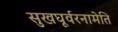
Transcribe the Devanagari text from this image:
सुखघूर्वरनामेति